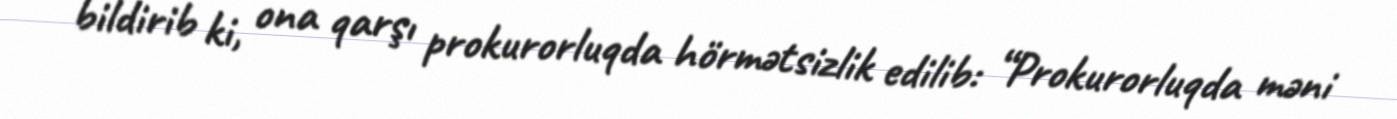
bildirib ki, ona qarşı prokurorluqda hörmətsizlik edilib: “Prokurorluqda məni